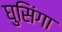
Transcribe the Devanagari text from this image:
घुसिंगा